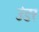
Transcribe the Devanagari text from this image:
उंडर